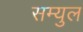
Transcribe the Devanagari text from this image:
सम्युल